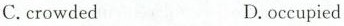
C.crowded D.occupied